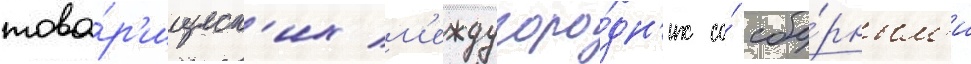
това́р'ищеск'их м'еждугоро́дн'их со́ сбо́рным'и